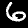
Digit: 6